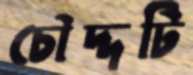
চৌদ্দটি